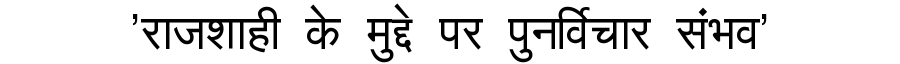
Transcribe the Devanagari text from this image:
'राजशाही के मुद्दे पर पुनर्विचार संभव'